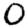
Digit: 0